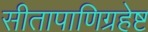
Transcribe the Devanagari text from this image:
सीतापाणिग्रहेष्ट